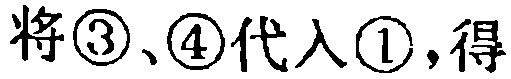
将\textcircled{3}、\textcircled{4}代入\textcircled{1},得